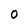
Character: O